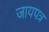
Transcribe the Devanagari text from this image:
जायपत्र